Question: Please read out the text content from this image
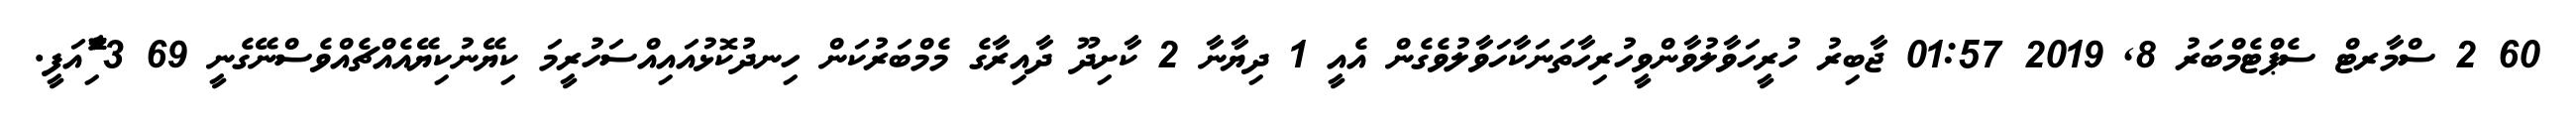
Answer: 60 2 ސްމާރޓް ސެޕްޓެމްބަރު 8, 2019 01:57 ޖާބިރު ހުރީހަވާލުވާންވީހުރިހާތަނަކާހަވާލުވެގެން އެއީ 1 ދިޔާނާ 2 ކާށިދޫ ދާއިރާގެ މެމްބަރުކަން ހިނދުކޮޅުއައިއްސަހުރީމަ ކިޔޭނުކިޔޭއެއްޗެއްވެސްނޭގެނީ 69 3 ާަަަަަެެެޮޮިުއަފީ.